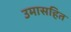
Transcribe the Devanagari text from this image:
उमासहित